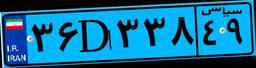
۱۲D۲۳۹۰۱